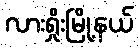
လားရှိုးမြို့နယ်